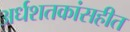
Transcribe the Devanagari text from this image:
अर्धशतकांसहीत